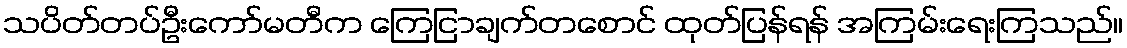
သပိတ်တပ်ဦးကော်မတီက ကြေငြာချက်တစောင် ထုတ်ပြန်ရန် အကြမ်းရေးကြသည်။